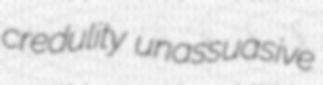
credulity unassuasive